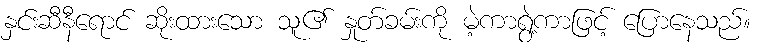
နှင်းဆီနီရောင် ဆိုးထားသော သူ၏ နှုတ်ခမ်းကို မဲ့ကာရွဲ့ကာဖြင့် ပြောနေသည်။